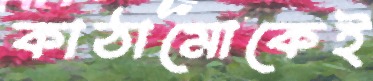
কাঠামোকেই